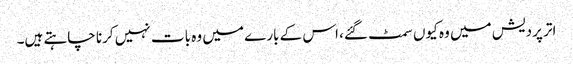
اتر پردیش میں وہ کیوں سمٹ گئے، اس کے بارے میں وہ بات نہیں کرنا چاہتے ہیں۔